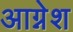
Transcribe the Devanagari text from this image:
आग्नेश